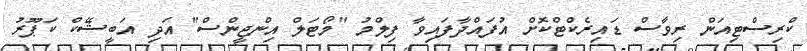
ކްރިސްޓިއަން ރިވާސް ޑައިރެކްޓްކޮށް އުފައްދާފައިވާ ފިލްމު "މޯޓަލް އިންޖީންސް" އަދި އަބީޝޭކް ކަޕޫރު